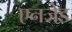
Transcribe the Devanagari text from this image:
एनजेड